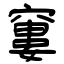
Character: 窶